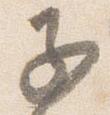
子